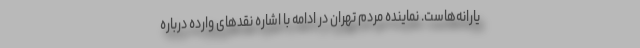
یارانه‌هاست. نماینده مردم تهران در ادامه با اشاره نقدهای وارده درباره